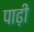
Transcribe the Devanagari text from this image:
पाढ़ी